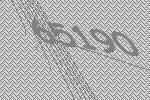
65190